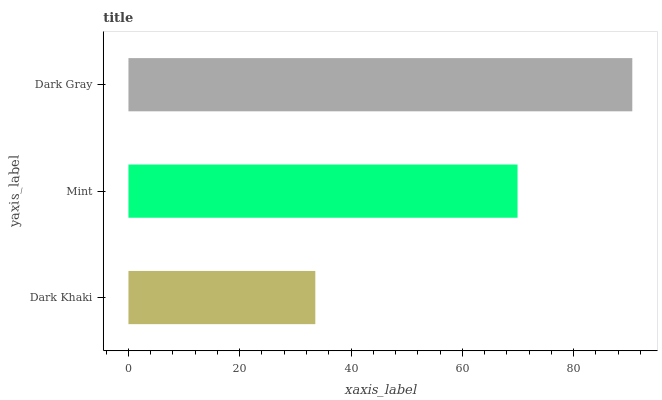
| yaxis_label | bars |
 | --- | --- |
 | Dark Khaki | 33.6 |
 | Mint | 69.9 |
 | Dark Gray | 90.5 |